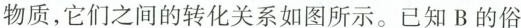
物质，它们之间的转化关系如图所示。已知 B 的俗